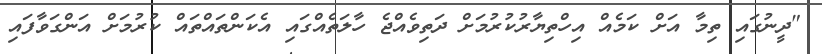
"ދީނުގައި ތިމާ އަށް ކަމެއް އިހްތިޔާރުކުރުމަށް ދަތިވެއްޖެ ހާލަތެއްގައި އެކަންތައްތައް ކުރުމަށް އަންގަވާފައި